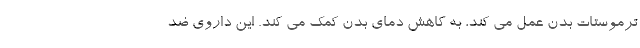
ترموستات بدن عمل می کند، به کاهش دمای بدن کمک می کند. این داروی ضد